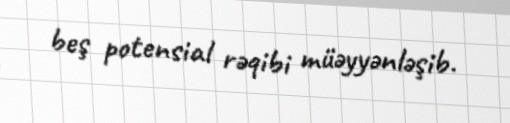
beş potensial rəqibi müəyyənləşib.